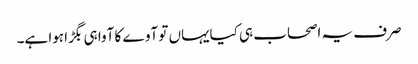
صرف یہ اصحاب ہی کیایہاں تو آوے کا آوا ہی بگڑا ہوا ہے۔